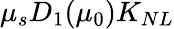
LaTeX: \mu_{s}D_{1}(\mu_{0})K_{NL}